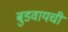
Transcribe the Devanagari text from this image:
बुडवायची